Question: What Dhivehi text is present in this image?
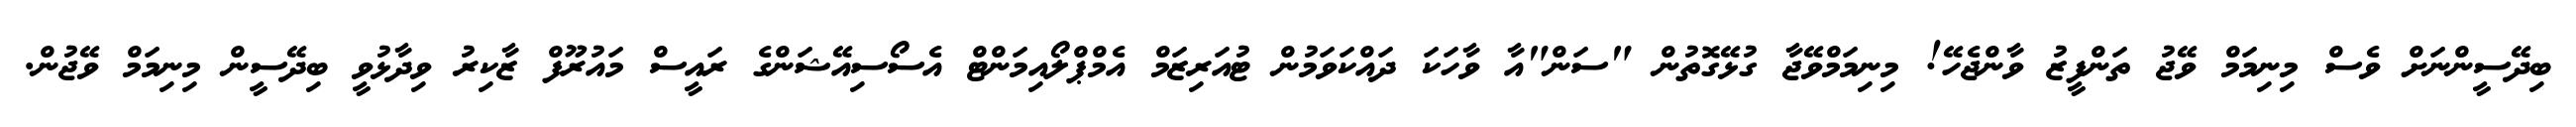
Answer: ބިދޭސީންނަށް ވެސް މިނިމަމް ވޭޖު ތަންފީޒު ވާންޖެހޭ! މިނިމަމްވޭޖާ ގުޅޭގޮތުން "ސަން"އާ ވާހަކަ ދައްކަވަމުން ޓުއަރިޒަމް އެމްޕްލޯއިމަންޓް އެސޯސިއޭޝަންގެ ރައީސް މައުރޫފް ޒާކިރު ވިދާޅުވީ ބިދޭސީން މިނިމަމް ވޭޖުން.